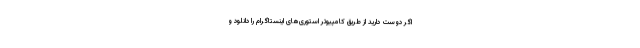
اگر دوست دارید از طریق کامپیوتر استوری‌های اینستاگرام را دانلود و